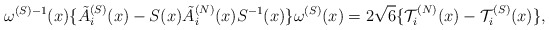
\begin{align*}\omega^{(S)-1}(x) \{ \tilde{A}_i^{(S)}(x) - S(x) \tilde{A}_i^{(N)}(x) S^{-1}(x) \} \omega^{(S)}(x) = 2 \sqrt{6} \{ {\cal T}_i^{(N)}(x) - {\cal T}_i^{(S)}(x) \},\end{align*}